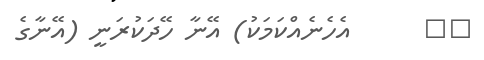
٢٠      އެހެނެއްކަމަކު) އޭނާ ހޭދަކުރަނީ (އޭނާގެ